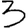
Digit: 3